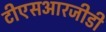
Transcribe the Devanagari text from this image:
टीएसआरजीडी